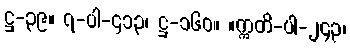
ဋ္ဌ-၃၉။ ၇-ပါ-၄၁၃၊ ဋ္ဌ-၁၆၀။ ။ဣတိ-ပါ-၂၄၃၊